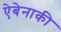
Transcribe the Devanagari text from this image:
ऐबेनाकी